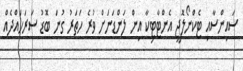
ސައިންސާއި ޓެކްނޯލޮޖީ އެންޓާޓިކާ އިން ލަންޑަނަށް ވުރެ ހަތަރު ގުނަ ބޮޑު ސަރަހައްދެއް